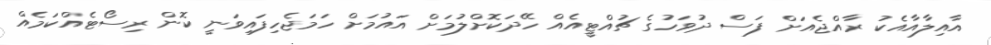
އާއިލާއާއެކު ރާއްޖެއަށް ފަސް ދުވަހުގެ ޗުއްޓީއެއް ހޭދަކޮށްލުމަށް އައުމަށް ހަމަޖެހިފައިވަނީ ކޮން ރިސޯޓެއްކަމެއް